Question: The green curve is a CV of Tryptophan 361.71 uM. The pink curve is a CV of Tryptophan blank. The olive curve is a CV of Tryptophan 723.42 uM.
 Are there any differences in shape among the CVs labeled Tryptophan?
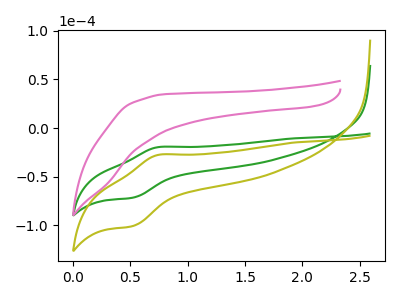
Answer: <think>The green curve "Tryptophan 361.71 uM" has an anodic peak at (0.75V, -19.55uA) and a cathodic peak at (0.50V, -71.60uA). The pink curve "Tryptophan blank" has no peaks. The olive curve "Tryptophan 723.42 uM" has an anodic peak at (0.75V, -27.50uA) and a cathodic peak at (0.50V, -100.75uA).
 "Tryptophan 361.71 uM" and "Tryptophan blank" have a different number of peaks. All the peaks in "Tryptophan 361.71 uM" have a peak in "Tryptophan 723.42 uM" at the same potential. "Tryptophan blank" and "Tryptophan 723.42 uM" have a different number of peaks.</think>
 <answer>All the CV's of "Tryptophan" have similar shape.</answer>
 <eval>follow_rule</eval>